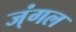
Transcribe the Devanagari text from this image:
ज्ंगल